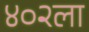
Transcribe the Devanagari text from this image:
४०२ला